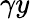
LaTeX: \gamma y